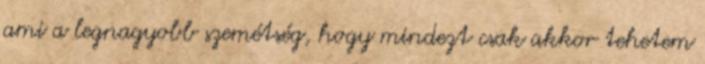
ami a legnagyobb szemétség, hogy mindezt csak akkor tehetem